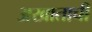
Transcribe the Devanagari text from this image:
अखाताची